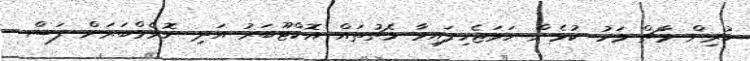
ކުރިން މާޗް މަހު ކުޅެން ހަމަޖެހިފައިވާ މެޗުތައް އޮކްޓޫބަރު އަދި ނޮވެމްބަރަށް ފަސް